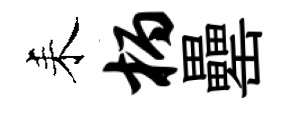
耒柄罍